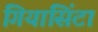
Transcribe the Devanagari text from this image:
गियासिंटा